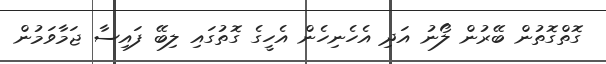
ގޮތްގޮތުން ބޭރުން ލޯނު އަދި އެހެނިހެން އެހީގެ ގޮތުގައި ލިބޭ ފައިސާ ޖަމާވަމުން